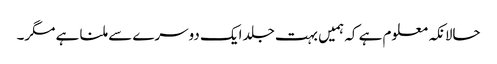
حالانکہ معلوم ہے کہ ہمیں بہت جلد ایک دوسرے سے ملنا ہے مگر۔